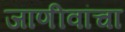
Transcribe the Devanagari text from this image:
जाणीवांचा